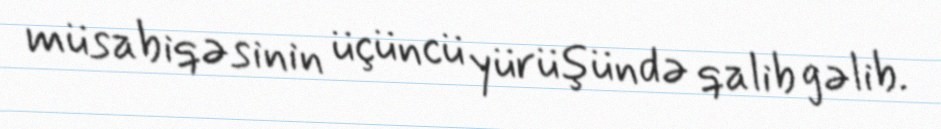
müsabiqəsinin üçüncü yürüşündə qalib gəlib.